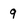
Character: 9